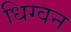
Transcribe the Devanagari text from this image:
धिग्वन